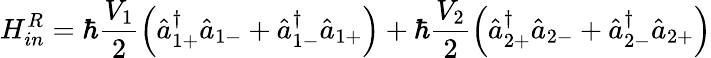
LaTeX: H_{in}^{R}=\hbar\frac{V_{1}}{2}\left(\hat{a}_{1+}^{\dagger}\hat{a}_{1-}+\hat{a}_{1-}^{\dagger}\hat{a}_{1+}\right)+\hbar\frac{V_{2}}{2}\left(\hat{a}_{2+}^{\dagger}\hat{a}_{2-}+\hat{a}_{2-}^{\dagger}\hat{a}_{2+}\right)